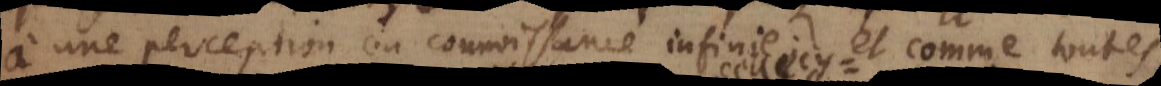
à une perception ou connoissance infinie; et comme toutes